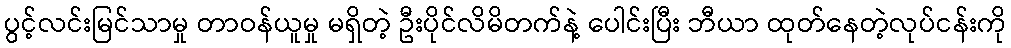
ပွင့်လင်းမြင်သာမှု တာဝန်ယူမှု မရှိတဲ့ ဦးပိုင်လိမိတက်နဲ့ ပေါင်းပြီး ဘီယာ ထုတ်နေတဲ့လုပ်ငန်းကို